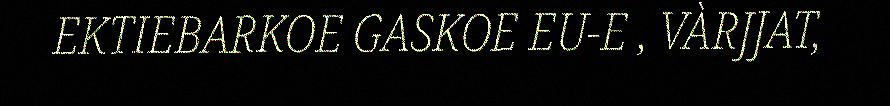
EKTIEBARKOE GASKOE EU-E , VÀRJJAT,